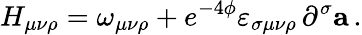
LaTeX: H_{\mu\nu\rho}=\omega_{\mu\nu\rho}+e^{-4\phi}\varepsilon_{\sigma\mu\nu\rho}\, \partial^{\sigma}{\mathbf a}\, .